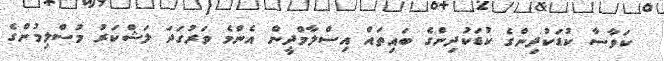
ކަވާސާ ކުޑަކުދިންގެ ކުޑަކުދިންގެ ބައިތައް އިސްލާމްދީން އެންމެ ވަރުގަދަ ލަޝްކަރު މުސްލިމުންގެ